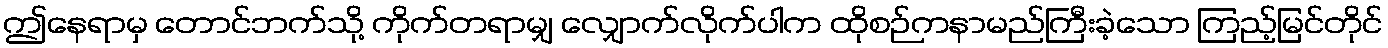
ဤနေရာမှ တောင်ဘက်သို့ ကိုက်တရာမျှ လျှောက်လိုက်ပါက ထိုစဉ်ကနာမည်ကြီးခဲ့သော ကြည့်မြင်တိုင်